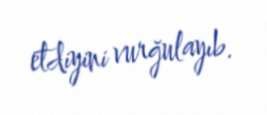
etdiyini vurğulayıb.